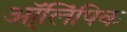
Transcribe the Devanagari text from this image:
ऑ्लिंपिक